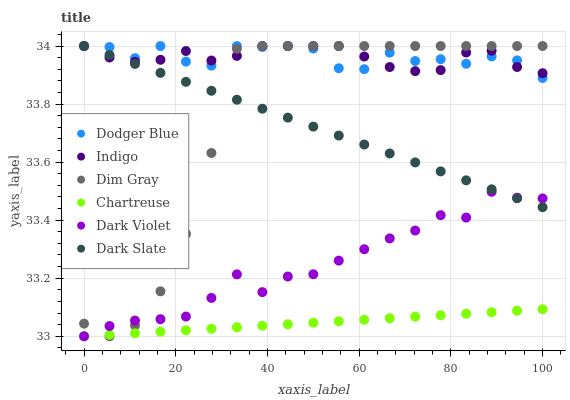
| xaxis_label | Dodger Blue | Indigo | Dim Gray | Chartreuse | Dark Violet | Dark Slate |
 | --- | --- | --- | --- | --- | --- | --- |
 | 0 | 34 | 34 | 33 | 33 | 33 | 34 |
 | 5.56 | 34 | 34 | 33 | 33 | 33 | 34 |
 | 11.1 | 34 | 33.9 | 33 | 33 | 33.1 | 33.9 |
 | 16.7 | 34 | 34 | 33.2 | 33 | 33.1 | 33.9 |
 | 22.2 | 33.9 | 34 | 33.4 | 33 | 33.1 | 33.9 |
 | 27.8 | 33.9 | 33.9 | 33.6 | 33 | 33.1 | 33.8 |
 | 33.3 | 34 | 34 | 34 | 33 | 33.2 | 33.8 |
 | 38.9 | 34 | 34 | 34 | 33 | 33.2 | 33.8 |
 | 44.4 | 34 | 34 | 34 | 33 | 33.2 | 33.8 |
 | 50 | 34 | 34 | 34 | 33 | 33.2 | 33.7 |
 | 55.6 | 33.9 | 34 | 34 | 33.1 | 33.3 | 33.7 |
 | 61.1 | 33.9 | 34 | 34 | 33.1 | 33.3 | 33.7 |
 | 66.7 | 34 | 33.9 | 34 | 33.1 | 33.3 | 33.6 |
 | 72.2 | 33.9 | 33.9 | 34 | 33.1 | 33.4 | 33.6 |
 | 77.8 | 34 | 33.9 | 34 | 33.1 | 33.4 | 33.6 |
 | 83.3 | 33.9 | 34 | 34 | 33.1 | 33.4 | 33.5 |
 | 88.9 | 34 | 34 | 34 | 33.1 | 33.5 | 33.5 |
 | 94.4 | 34 | 33.9 | 34 | 33.1 | 33.5 | 33.5 |
 | 100 | 33.9 | 33.9 | 34 | 33.1 | 33.5 | 33.4 |